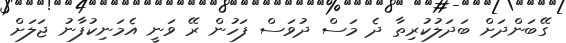
ގޭބަންދަށް ބަދަލުކުރިތާ ދެ މަސް ދުވަސް ފަހުން ރޭ ވަނީ އެމަނިކުފާނު ޖަލަށް